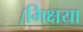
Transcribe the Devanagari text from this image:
।भिक्षया